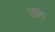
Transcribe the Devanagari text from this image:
लटि